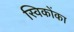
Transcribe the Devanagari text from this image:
स्विकोंका